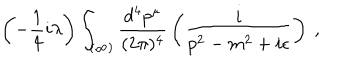
LaTeX: \left( - \frac { 1 } { 4 } i \lambda \right) \int _ { ( \infty ) } \frac { d ^ { 4 } p ^ { \mu } } { ( 2 \pi ) ^ { 4 } } \, \left( \frac { i } { p ^ { 2 } - m ^ { 2 } + i \epsilon } \right) \ ,